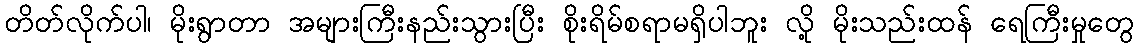
တိတ်လိုက်ပါ၊ မိုးရွာတာ အများကြီးနည်းသွားပြီး စိုးရိမ်စရာမရှိပါဘူး လို့ မိုးသည်းထန် ရေကြီးမှုတွေ